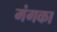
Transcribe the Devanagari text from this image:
मंगका